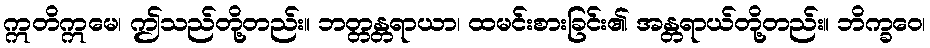
ဣတိဣမေ၊ ဤသည်တို့တည်း။ ဘတ္တန္တရာယာ၊ ထမင်းစားခြင်း၏ အန္တရာယ်တို့တည်း။ ဘိက္ခဝေ၊